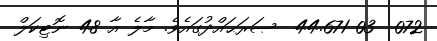
072  03 44.671  ޞަރަޙައްދުގައެވެ. މާލެ އާ 48 ނޮޓިކަލް